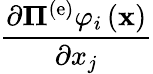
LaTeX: {\frac{{\partial{{\mathbf\Pi}^{\left(\mathrm{e}\right)}}{\varphi_{i}}\left({\mathbf{x}}\right)}}{{\partial x_{j}}}}